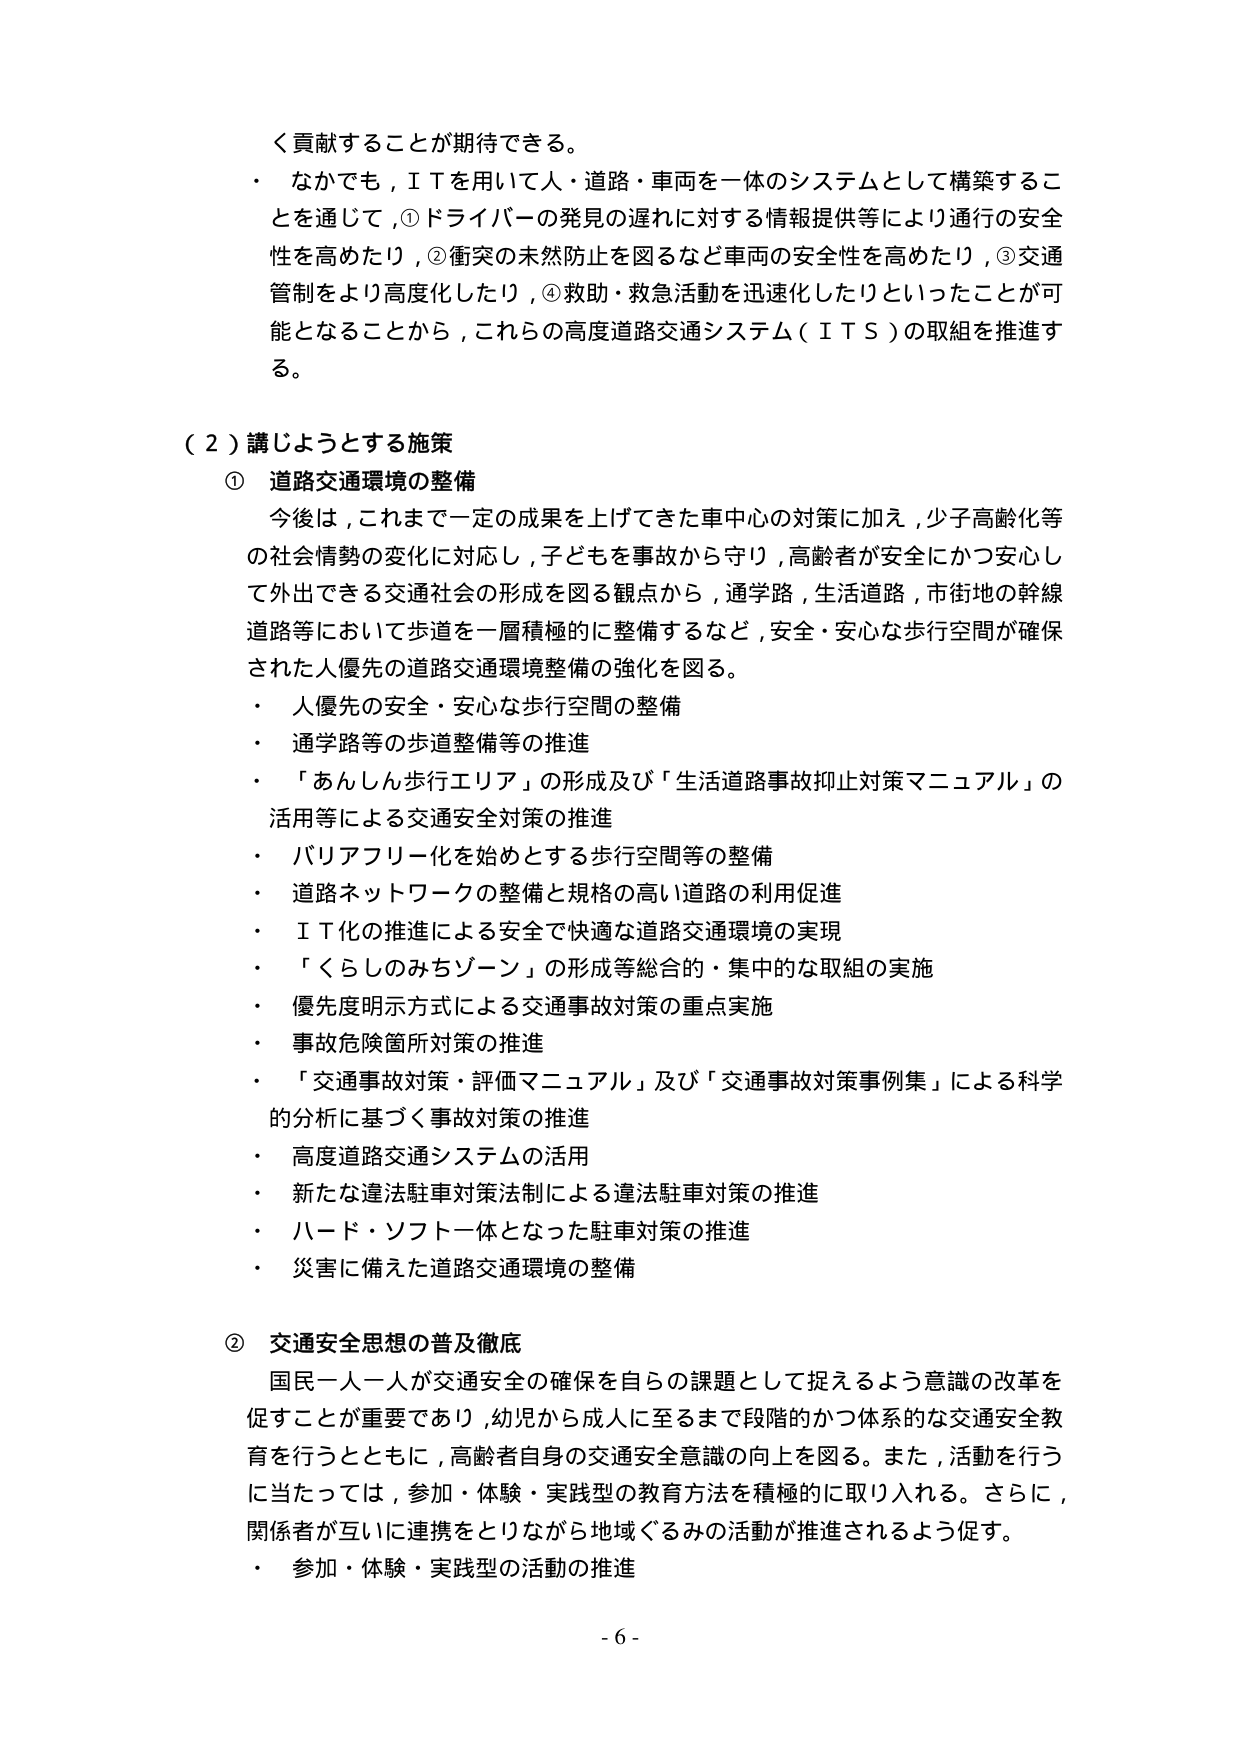
く貢献することが期待できる。
・ なかでも，ＩＴを用いて人・道路・車両を一体のシステムとして構築することを通じて，①ドライバーの発見の遅れに対する情報提供等により通行の安全性を高めたり，②衝突の未然防止を図るなど車両の安全性を高めたり，③交通管制をより高度化したり，④救助・救急活動を迅速化したりといったことが可能となることから，これらの高度道路交通システム（ＩＴＳ）の取組を推進する。

（２）講じようとする施策
① 道路交通環境の整備
　今後は，これまで一定の成果を上げてきた車中心の対策に加え，少子高齢化等の社会情勢の変化に対応し，子どもを事故から守り，高齢者が安全にかつ安心して外出できる交通社会の形成を図る観点から，通学路，生活道路，市街地の幹線道路等において歩道を一層積極的に整備するなど，安全・安心な歩行空間が確保された人優先の道路交通環境整備の強化を図る。
・ 人優先の安全・安心な歩行空間の整備
・ 通学路等の歩道整備等の推進
・ 「あんしん歩行エリア」の形成及び「生活道路事故抑止対策マニュアル」の活用等による交通安全対策の推進
・ バリアフリー化を始めとする歩行空間等の整備
・ 道路ネットワークの整備と規格の高い道路の利用促進
・ ＩＴ化の推進による安全で快適な道路交通環境の実現
・ 「くらしのみちゾーン」の形成等総合的・集中的な取組の実施
・ 優先度明示方式による交通事故対策の重点実施
・ 事故危険箇所対策の推進
・ 「交通事故対策・評価マニュアル」及び「交通事故対策事例集」による科学的分析に基づく事故対策の推進
・ 高度道路交通システムの活用
・ 新たな違法駐車対策法制による違法駐車対策の推進
・ ハード・ソフト一体となった駐車対策の推進
・ 災害に備えた道路交通環境の整備

② 交通安全思想の普及徹底
　国民一人一人が交通安全の確保を自らの課題として捉えるよう意識の改革を促すことが重要であり，幼児から成人に至るまで段階的かつ体系的な交通安全教育を行うとともに，高齢者自身の交通安全意識の向上を図る。また，活動を行うに当たっては，参加・体験・実践型の教育方法を積極的に取り入れる。さらに，関係者が互いに連携をとりながら地域ぐるみの活動が推進されるよう促す。
・ 参加・体験・実践型の活動の推進

- 6 -